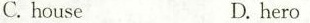
C. houseD. hero